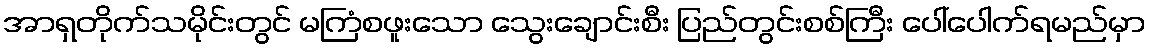
အာရှတိုက်သမိုင်းတွင် မကြံစဖူးသော သွေးချောင်းစီး ပြည်တွင်းစစ်ကြီး ပေါ်ပေါက်ရမည်မှာ